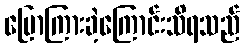
ပြောကြားခဲ့ကြောင်းသိရသည်